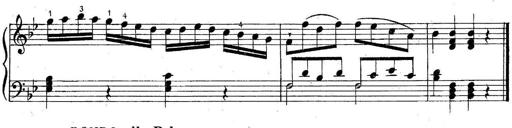
Title: 6 Easy Sonatinas
Composer: Carl Czerny